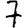
Digit: 7